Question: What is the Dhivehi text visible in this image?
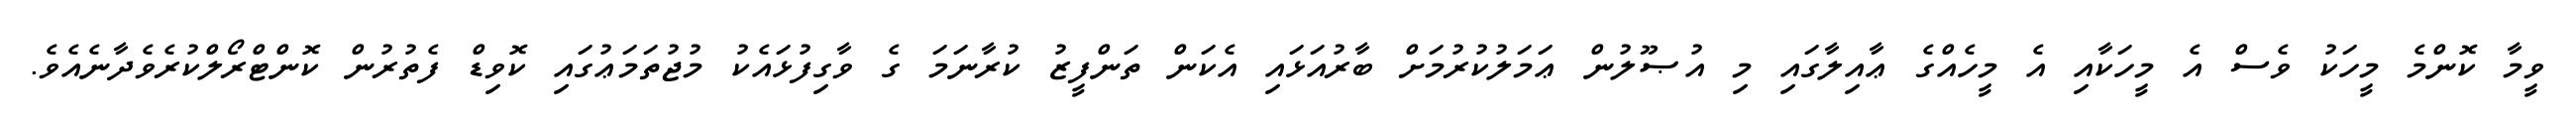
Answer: ވީމާ ކޮންމެ މީހަކު ވެސް އެ މީހަކާއި އެ މީހެއްގެ ޢާއިލާގައި މި އުޞޫލުން ޢަމަލުކުރުމަށް ބާރުއަޅައި އެކަން ތަންފީޒު ކުރާނަމަ ގެ ވާގިފުޅައެކު މުޖުތަމަޢުގައި ކޮވިޑް ފެތުރުން ކޮންޓްރޯލްކުރެވެދާނެއެވެ.